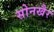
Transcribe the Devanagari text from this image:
सोनखैर